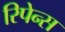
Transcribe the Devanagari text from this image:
रिपेन्स